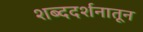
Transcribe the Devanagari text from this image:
शब्ददर्शनातून